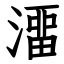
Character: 澑